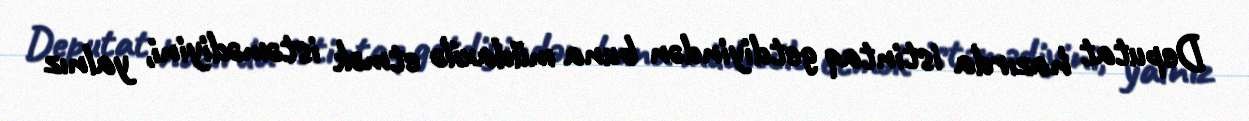
Deputat hazırda istintaq getdiyindən buna müdaxilə etmək istəmədiyini, yalnız